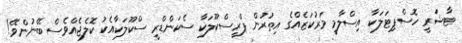
ޓާޝަރީ ހޮސްޕިޓަލަކާ އިސްލާމީ މަރުކަޒެއްގެ އިތުރުން ޕްރީސްކޫލަކާ ސެކަންޑްރީ ސްކޫލަކާއެކު ކޮލެޖެއްވެސް ބޭނުންވޭ!